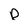
Character: D